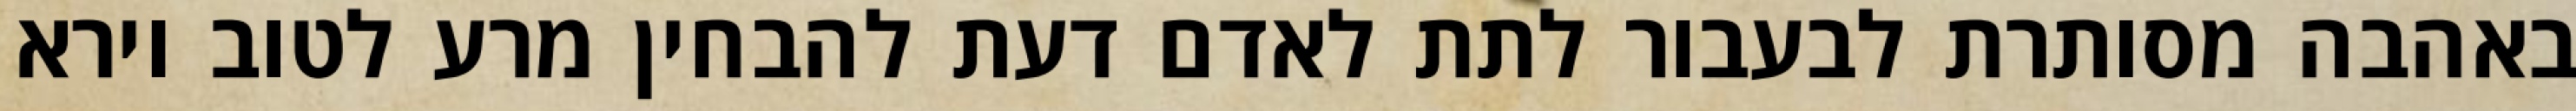
באהבה מסותרת לבעבור לתת לאדם דעת להבחין מרע לטוב וירא